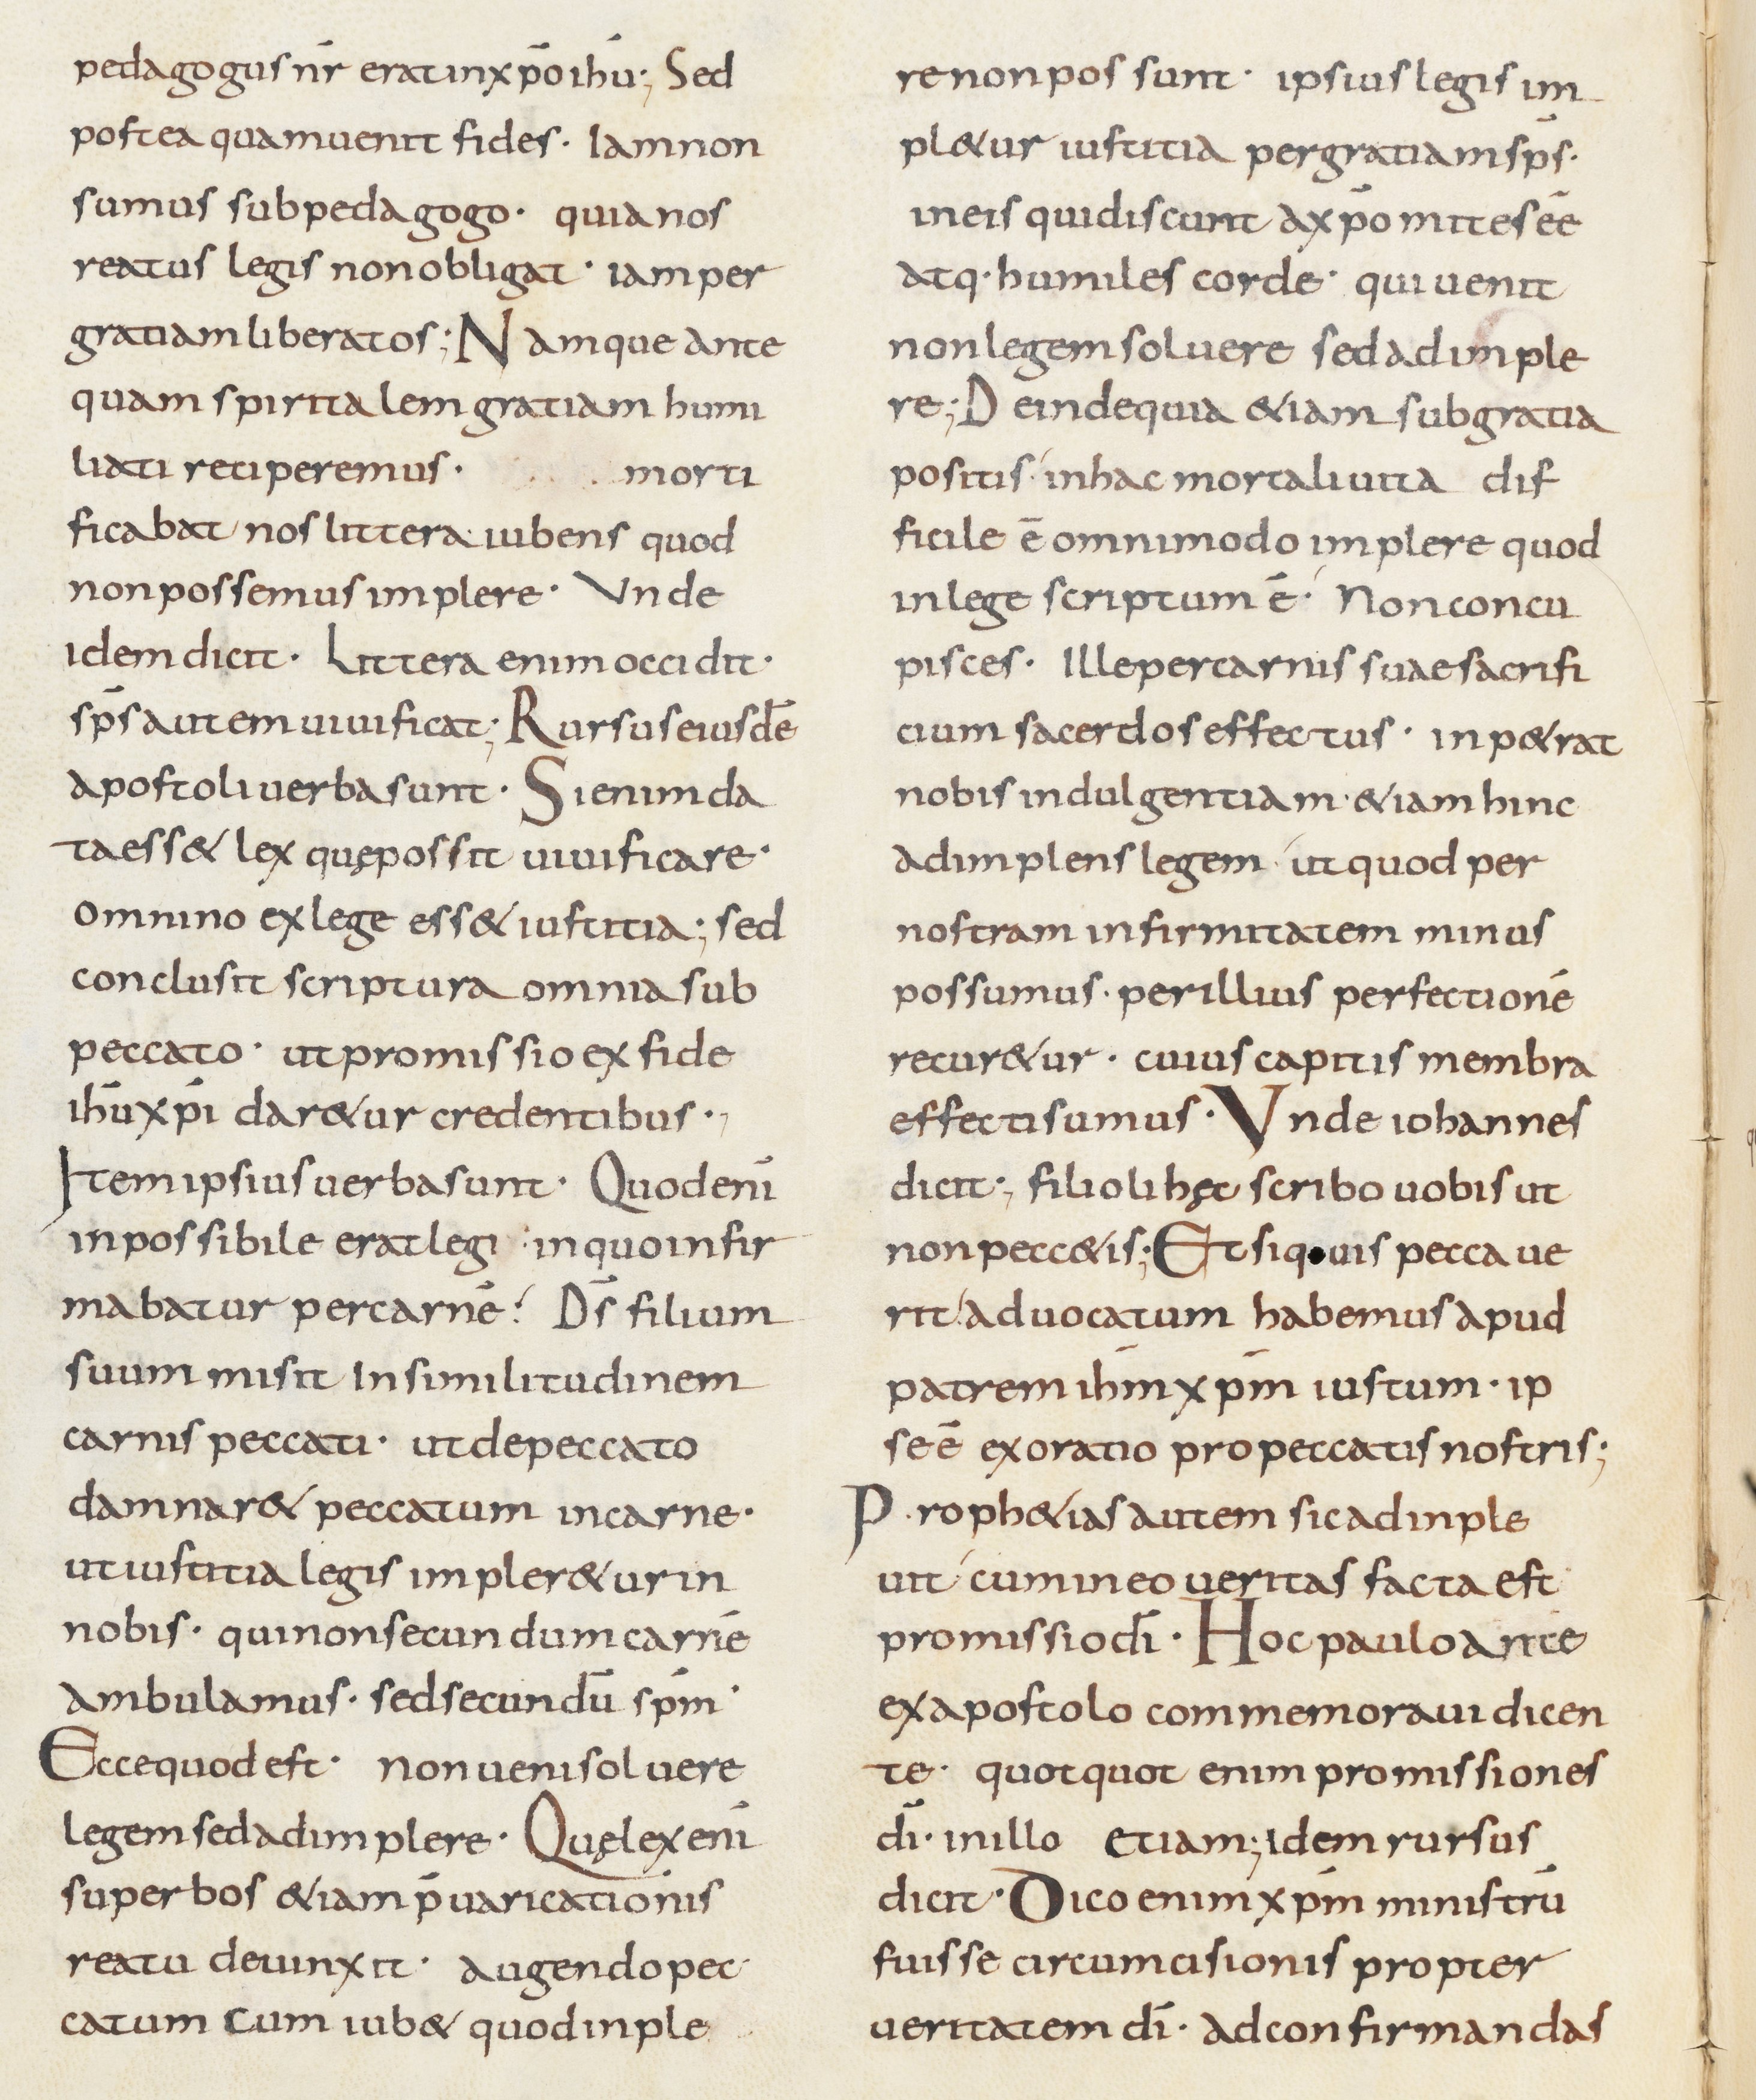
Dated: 800–899